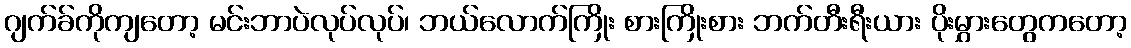
ဂျက်ခ်ကိုကျတော့ မင်းဘာပဲလုပ်လုပ်၊ ဘယ်လောက်ကြိုး စားကြိုးစား ဘက်တီးရီးယား ပိုးမွှားတွေကတော့